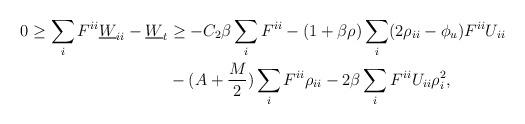
LaTeX: \begin{align*}\begin{aligned}0 \geq \sum_i F^{ii} \underline{W}_{ii} - \underline{W}_t&\geq - C_2 \beta \sum_i F^{ii} - (1 + \beta\rho) \sum_i ( 2\rho_{ii} - \phi_{u}) F^{ii} U_{ii} \\&- (A + \frac{M}{2}) \sum_i F^{ii} \rho_{ii} - 2 \beta \sum_i F^{ii} U_{ii} \rho_i^2 ,\end{aligned}\end{align*}